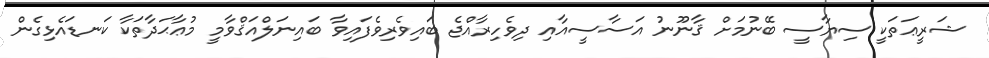
ޝަރީޢަތަކީ ސިޔާސީ ބޭނުމަށް ޤާނޫނު އަސާސީއާއި ދިވެހިރާއްޖެ ބައިވެރިވެފައިވާ ބައިނަލްއަޤްވާމީ މުޢާޙަދާތަކާ ކަނޑައެޅިގެން